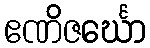
ဧဏိဇင်္ဃော